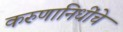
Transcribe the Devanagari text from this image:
करुणानिधींचे